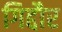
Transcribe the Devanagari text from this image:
गिद्दौर